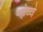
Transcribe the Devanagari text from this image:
र्‍हेव्वे